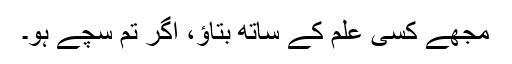
مجھے کسی علم کے ساتھ بتاؤ، اگر تم سچے ہو۔